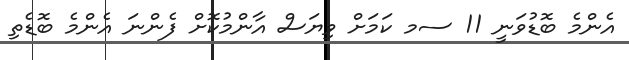
އެންމެ ބޮޑުވަނީ 11 ސމ ކަމަށް ވިޔަސް އާންމުކޮށް ފެންނަ އެންމެ ބޮޑެތި